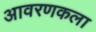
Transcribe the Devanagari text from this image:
आवरणकला